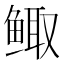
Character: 鲰